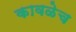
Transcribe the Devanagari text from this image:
कावळेच